Leaving Certificate Examination (including Day School Certificate (Higher) General paper), 1937
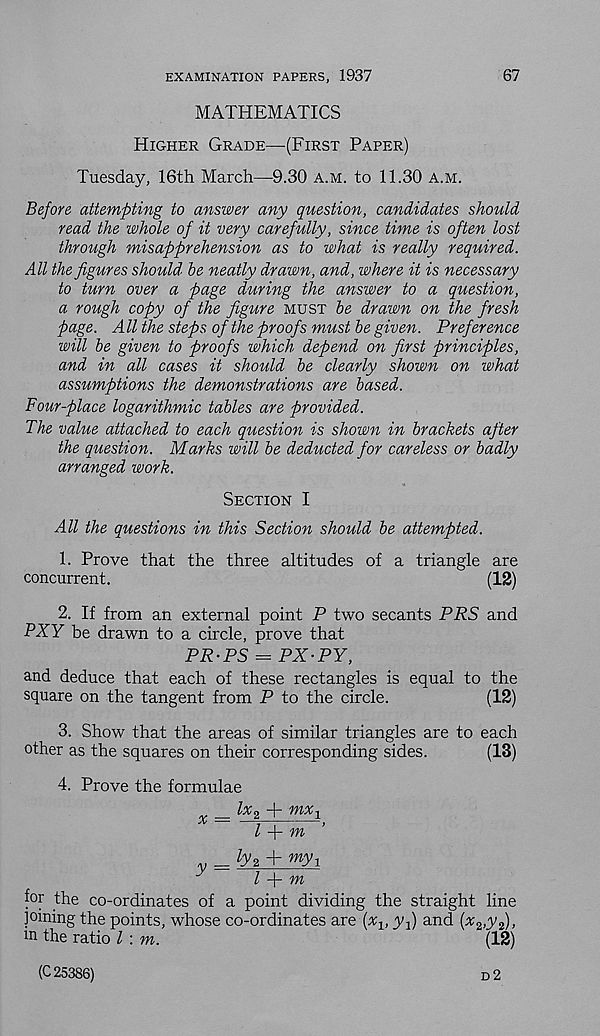
EXAMINATION PAPERS, 1937
67
MATHEMATICS
Higher Grade—(First Paper)
Tuesday, 16th March—9.30 a.m. to 11.30 a.m.
Before attempting to answer any question, candidates should
read the whole of it very carefully, since time is often lost
through misapprehension as to what is really required.
All the figures should he neatly drawn, and, where it is necessary
to turn over a page during the answer to a question,
a rough copy of the figure must he drawn on the fresh
page. All the steps of the proofs must he given. Preference
will he given to proofs which depend on first principles,
and in all cases it should he clearly shown on what
assumptions the demonstrations are based.
Four-place logarithmic tables are provided.
The value attached to each question is shown in brackets after
the question. Marks will he deducted for careless or badly
arranged work.
Section I
All the questions in this Section should he attempted.
1. Prove that the three altitudes of a triangle are
concurrent.
(12)
2. If from an external point P two secants PRS and
PXY be drawn to a circle, prove that
PR-PS = PX-PY,
and deduce that each of these rectangles is equal to the
square on the tangent from P to the circle.
(12)
3. Show that the areas of similar triangles are to each
other as the squares on their corresponding sides.
(13)
4. Prove the formulae
lx 9 + mx,
x —■ —-—|
,
l Y m
= ly z + my 1
l
m
for the co-ordinates of a point dividing the straight line
joining the points, whose co-ordinates are (%, yf) and {x 2 ,yf),
in the ratio l \ m.
(12)
d2
(C 25386)